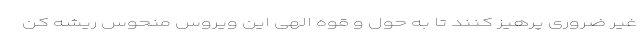
غیر ضروری پرهیز کنند تا به حول و قوه الهی این ویروس منحوس ریشه کن